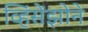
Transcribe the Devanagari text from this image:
व्हिंसेंझोने